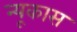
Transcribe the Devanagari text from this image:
न्यूकास